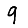
Digit: 9